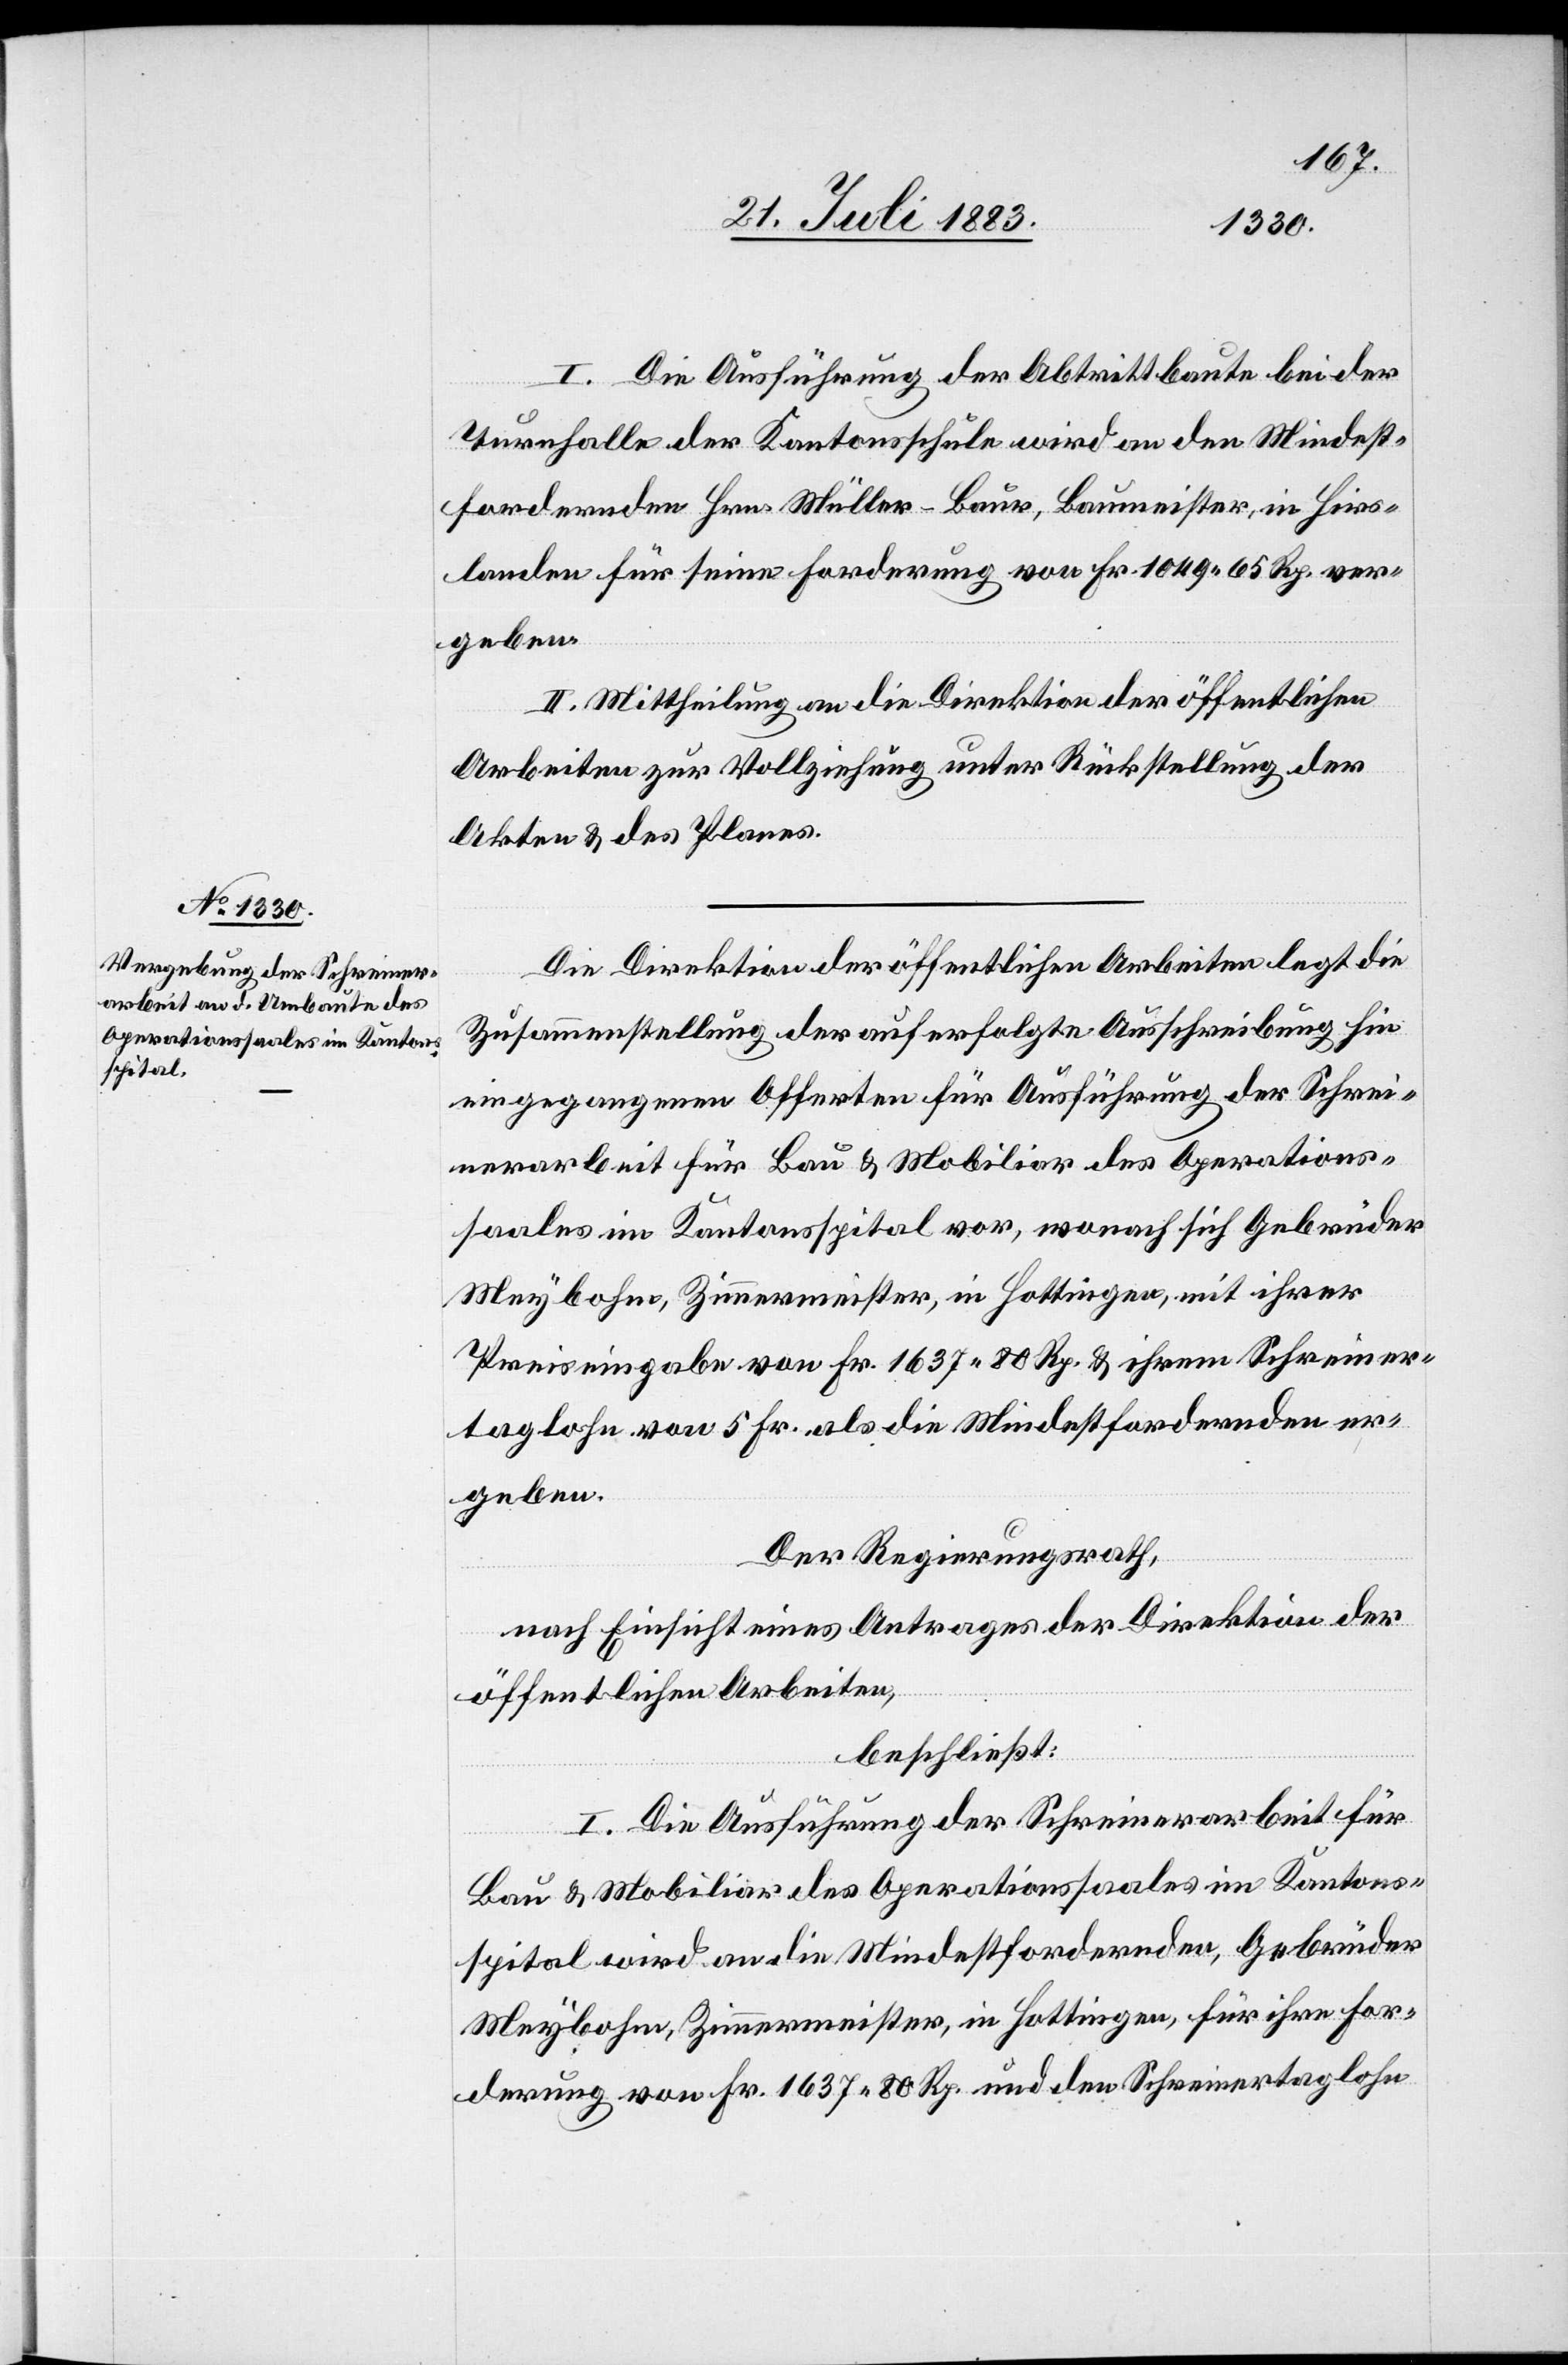
I. Die Ausführung der Abtrittbaute bei der
Turnhalle der Kantonsschule wird an den Mindest¬
fordernden Hrn. Müller-Baur, Baumeister, in Hirs¬
landen für seine Forderung von Fr. 1049 65 Rp. ver¬
geben.
II. Mittheilung an die Direktion der öffentlichen
Arbeiten zur Vollziehung unter Rückstellung der
Akten & des Planes.
Die Direktion der öffentlichen Arbeiten legt die
Zusammenstellung der auf erfolgte Ausschreibung hin
eingegangenen Offerten für Ausführung der Schrei¬
nerarbeit für Bau & Mobiliar des Operations¬
saales im Kantonsspital vor, wonach sich Gebrüder
Meybohm, Zimmermeister, in Hottingen, mit ihrer
Preiseingabe von Fr. 1637 80 Rp. & ihrem Schreiner¬
taglohn von 5 Fr. als die Mindestfordernden er¬
geben.
Der Regierungsrath,
nach Einsicht eines Antrages der Direktion der
öffentlichen Arbeiten,
beschließt:
I. Die Ausführung der Schreinerarbeit für
Bau & Mobiliar des Operationssaales im Kantons¬
spital wird an die Mindestfordernden, Gebrüder
Meybohm, Zimmermeister, in Hottingen, für ihre For¬
derung von Fr. 1637 80 Rp. und Schreinertaglohn